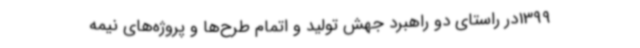
1399در راستای دو راهبرد جهش تولید و اتمام طرح‌ها و پروژه‌های نیمه